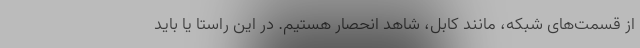
از قسمت‌های شبکه، مانند کابل، شاهد انحصار هستیم. در این راستا یا باید